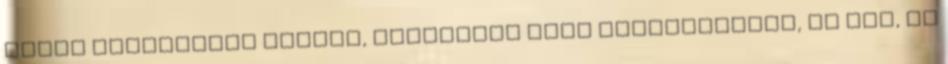
bőrön jelentkező kiütés, viszketés vagy csalánkiütés, az arc, az